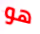
هو